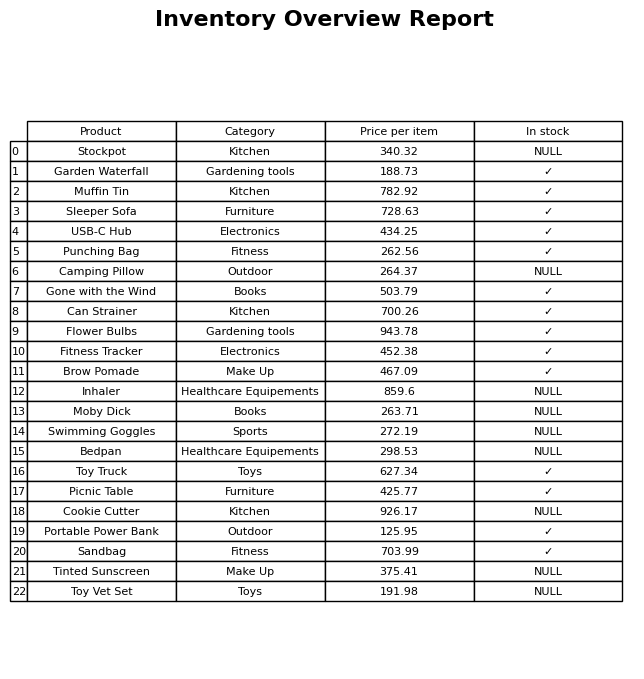
question: What is the price of the Bedpan?
answer: The price of Bedpan is 298.53.